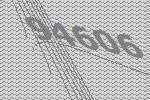
94606